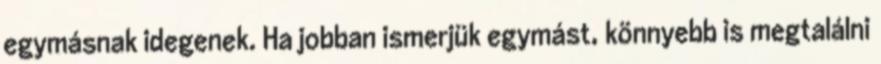
egymásnak idegenek. Ha jobban ismerjük egymást, könnyebb is megtalálni